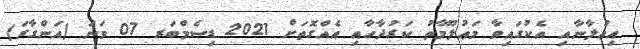
އިޢުލާނާއި އެކުގައިވާ މަޢުލޫމާތު ކަރުދާހާއި އެއްގޮތަށް 2021 ޑިސެމްބަރ 07 ވަނަ (އަންގާރަ)